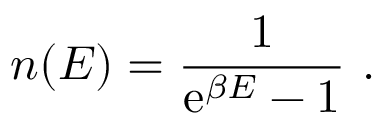
n ( E ) = \frac { 1 } { \mathrm { e } ^ { \beta E } - 1 } \ .